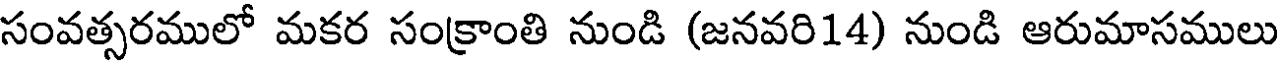
సంవత్సరములో మకర సంక్రాంతి నుండి (జనవరి14) నుండి ఆరుమాసములు